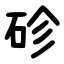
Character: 䂦